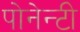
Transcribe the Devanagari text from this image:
पोनेन्टी